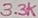
Text: 3.3K